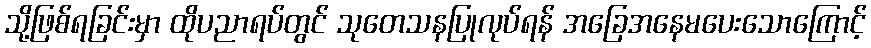
သို့ဖြစ်ရခြင်းမှာ ထိုပညာရပ်တွင် သုတေသနပြုလုပ်ရန် အခြေအနေမပေးသောကြောင့်